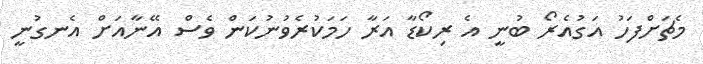
މެޗަށްފަހު އަގުއެރޯ ބުނީ އެ ރިކޯޑާ އަރާ ހަމަކުރެވުނުކަން ވެސް އޭނާއަށް އެނގުނީ